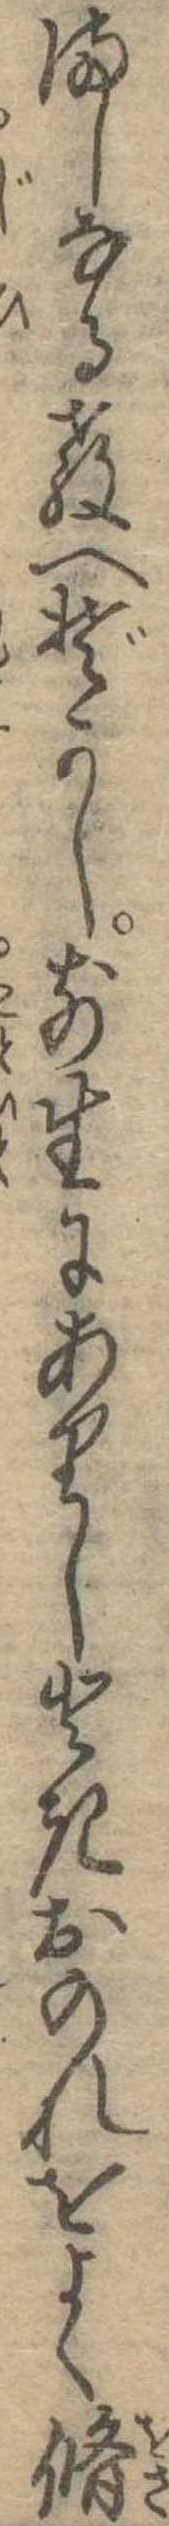
ましなる教へぞかし前生にありしときおのれをよく脩